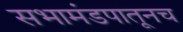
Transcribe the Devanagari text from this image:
सभामंडपातूनच